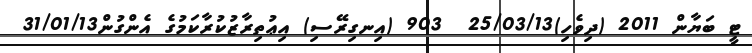
ޓީ ބަޔާން 2011 (ދިވެހި)25/03/13  903 (އިނގިރޭސި) އިޢުތިރާޒުކުރާކަމުގެ އެންގުން31/01/13